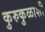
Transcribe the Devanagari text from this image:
कुरुकुळाशी